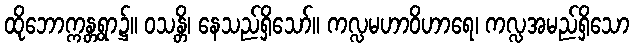
ထိုဘောက္ကန္တရွာ၌။ ဝသန္တိ၊ နေသည်ရှိသော်။ ကလ္လမဟာဝိဟာရေ၊ ကလ္လအမည်ရှိသော